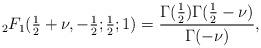
LaTeX: \begin{align*} {}_2F_1(\tfrac{1}{2}+\nu,-\tfrac{1}{2};\tfrac{1}{2}; 1) = \frac{ \Gamma(\tfrac{1}{2})\Gamma(\tfrac{1}{2}-\nu) }{ \Gamma(-\nu)},\end{align*}